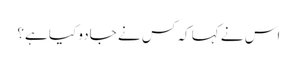
اس نے کہا کہ کس نے جادو کیا ہے؟